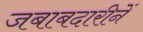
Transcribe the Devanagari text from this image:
जबाबदारीनें